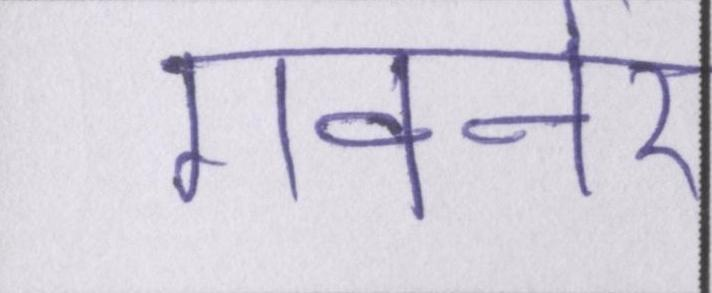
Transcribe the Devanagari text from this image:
गवर्नर